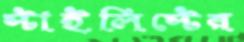
স্টাইলিস্টের